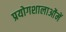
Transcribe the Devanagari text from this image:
प्रयोगशालाओंमें